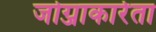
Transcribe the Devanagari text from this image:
जोग्जाकार्रता